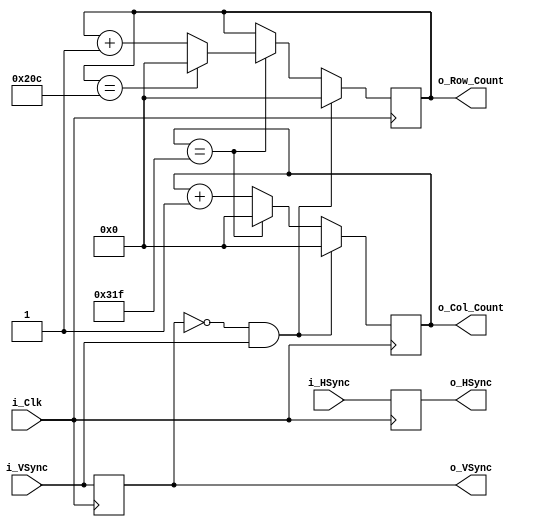
module Sync_To_Count
	#(parameter TOTAL_COLS = 800,
	  parameter TOTAL_ROWS = 525)
	 (input 			i_Clk,
	  input				i_HSync,
	  input				i_VSync,
	  output reg		o_HSync = 0,
	  output reg		o_VSync = 0,
	  output reg [9:0]	o_Col_Count = 0,
	  output reg [9:0]	o_Row_Count = 0);
	  
	  
	  wire w_Frame_Start;
	  
	  // Przypisujemy na wyjscia Sync sygnay wejsciowe Sync
	  always @(posedge i_Clk)
	  begin
		o_HSync <= i_HSync;
		o_VSync <= i_VSync;
	  end // always @posedge i_Clk
	  
	  
	  //
	  always @(posedge i_Clk)
	  begin
		if(w_Frame_Start == 1'b1)
		begin
			o_Col_Count <= 0;
			o_Row_Count <= 0;
		end // if w_Frame_Start == 1
	  
		else // w_Frame_Start != 1
		begin
			if (o_Col_Count == TOTAL_COLS-1)
			begin
				o_Col_Count <= 0;
				if(o_Row_Count == TOTAL_ROWS-1) o_Row_Count <=0;
				else o_Row_Count <= o_Row_Count +1;
			end 
			else o_Col_Count <= o_Col_Count + 1;			
		end // else w_Frame_Start !=1
	  end // always
	  
	  // Look for risign edge on Vertical Sync to reset conuters
	  assign w_Frame_Start = (~o_VSync & i_VSync);
	  
	  
	  
endmodule